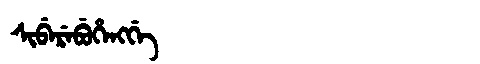
Manchu: ᠰᡳᠪᡝᡵᡝᠪᡠᡥᡝᠩᡤᡝ
Romanization: SIBEREBUHENGGE